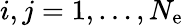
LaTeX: i,j=1,\ldots,N_{\mathrm{e}}